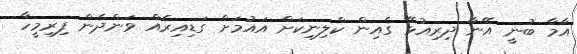
އާމާ ބުނީ އޭނާ ދިރިއުޅޭ ގެއިން ކްލިނިކަށް އައުމަށް ގަޑިއިރެއް ވަންދެން ފިރިމީހާ